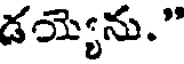
డయ్యెను."